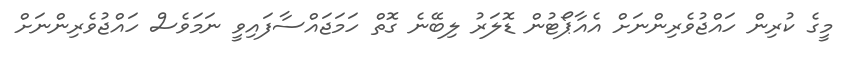
މީގެ ކުރިން ހައްޖުވެރިންނަށް އެއާޕޯޓުން ޑޮލަރު ލިބޭނެ ގޮތް ހަމަޖައްސާފައިވީ ނަމަވެސް ހައްޖުވެރިންނަށް